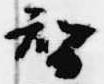
智